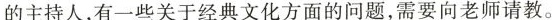
的主持人，有一些关于经典文化方面的问题，需要向老师请教。